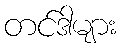
တင်ဒါများ